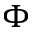
\Phi